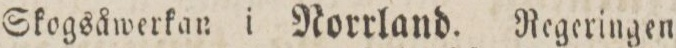
Skogsåwerkan i Norrland. Regeringen